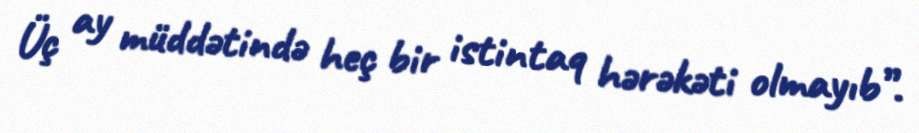
Üç ay müddətində heç bir istintaq hərəkəti olmayıb”.